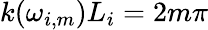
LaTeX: k(\omega_{i,m})L_{i}=2m\pi